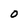
Character: O